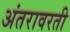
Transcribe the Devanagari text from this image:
अंतरावरती